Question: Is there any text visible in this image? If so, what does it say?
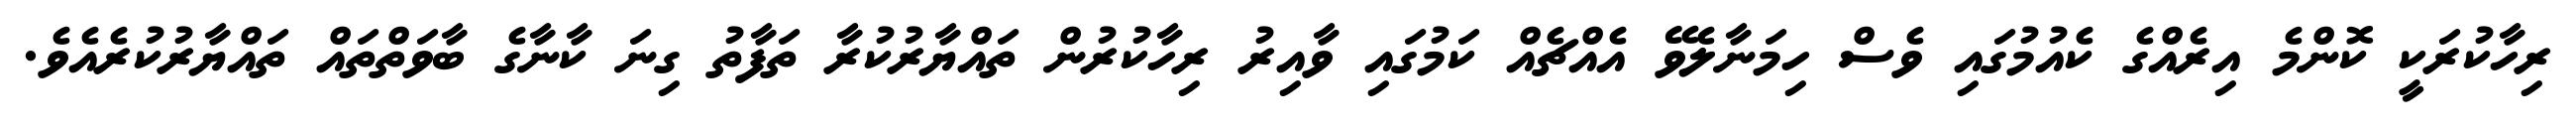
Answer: ރިހާކުރަކީ ކޮންމެ އިރެއްގެ ކެއުމުގައި ވެސް ހިމަނާލެވޭ އެއްޗެއް ކަމުގައި ވާއިރު ރިހާކުރުން ތައްޔާރުކުރާ ތަފާތު ގިނަ ކާނާގެ ބާވަތްތައް ތައްޔާރުކުރެއެވެ.